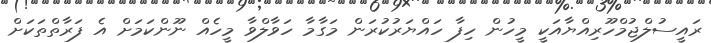
ރައީސުލްޖުމްހޫރިއްޔާއަކީ މީހުން ހިފާ ހައްޔަރުކުރަން މަގާމާ ހަވާލްވާ މީހެއް ނޫންކަމަށް އެ ފަރާތްތަކަށް